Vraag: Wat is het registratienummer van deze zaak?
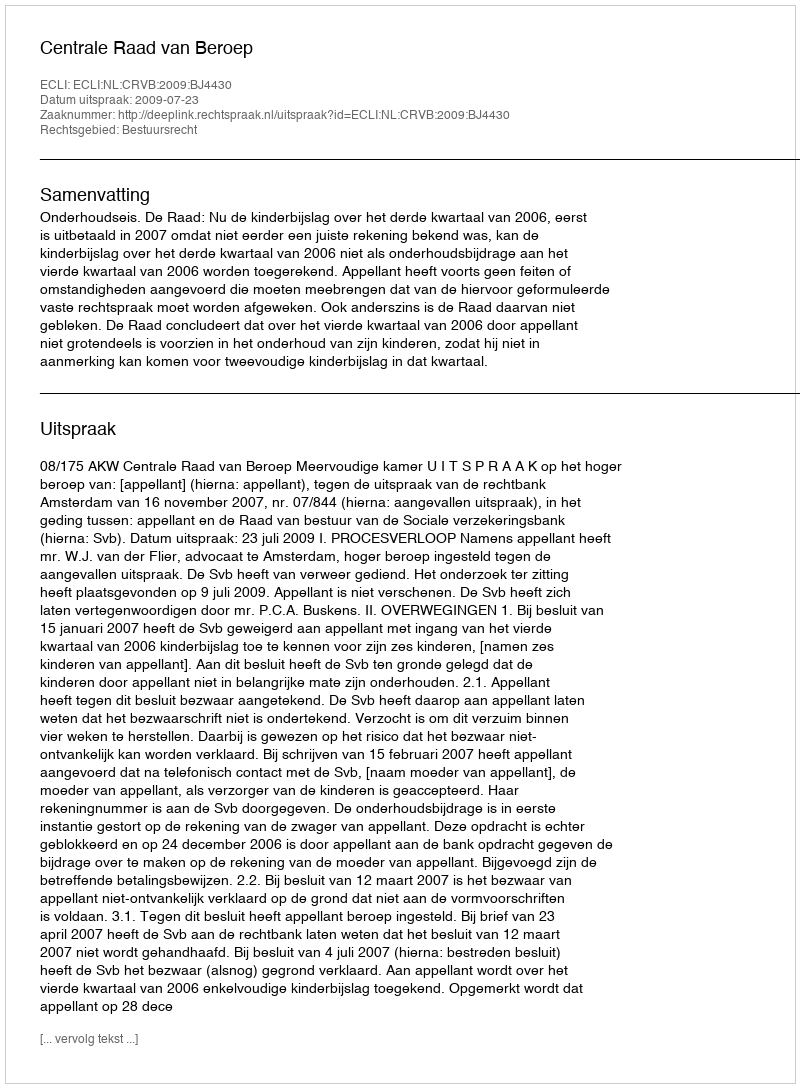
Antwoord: http://deeplink.rechtspraak.nl/uitspraak?id=ECLI:NL:CRVB:2009:BJ4430